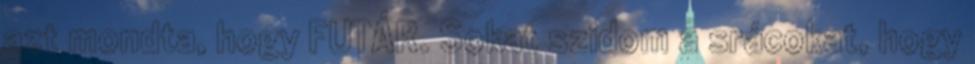
azt mondta, hogy FUTÁR. Sokat szidom a srácokat, hogy